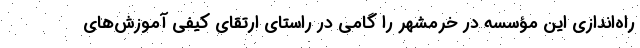
راه‌اندازی این مؤسسه در خرمشهر را گامی در راستای ارتقای کیفی آموزش‌های